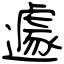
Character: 遽